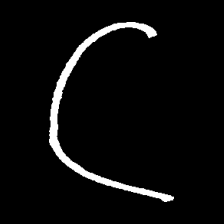
Pyu character \u2014 Myanmar letter: ဋ (romanized: tta)